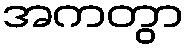
အကတွာ